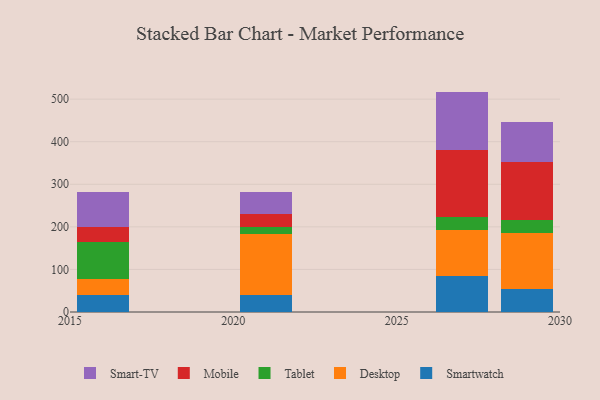
{"axis": {"x": "Year", "y": "Waste Production (Tons)"}, "legend": ["Desktop", "Mobile", "Smart-TV", "Smartwatch", "Tablet"], "data": [{"x": "2021", "y": 40.5, "type": "Smartwatch"}, {"x": "2021", "y": 142.6, "type": "Desktop"}, {"x": "2021", "y": 15.5, "type": "Tablet"}, {"x": "2021", "y": 31.2, "type": "Mobile"}, {"x": "2021", "y": 52.6, "type": "Smart-TV"}, {"x": "2029", "y": 55.1, "type": "Smartwatch"}, {"x": "2029", "y": 129.9, "type": "Desktop"}, {"x": "2029", "y": 31.3, "type": "Tablet"}, {"x": "2029", "y": 135.3, "type": "Mobile"}, {"x": "2029", "y": 94.9, "type": "Smart-TV"}, {"x": "2016", "y": 40.3, "type": "Smartwatch"}, {"x": "2016", "y": 36.5, "type": "Desktop"}, {"x": "2016", "y": 87.3, "type": "Tablet"}, {"x": "2016", "y": 34.6, "type": "Mobile"}, {"x": "2016", "y": 83.3, "type": "Smart-TV"}, {"x": "2027", "y": 85.0, "type": "Smartwatch"}, {"x": "2027", "y": 106.6, "type": "Desktop"}, {"x": "2027", "y": 30.8, "type": "Tablet"}, {"x": "2027", "y": 157.0, "type": "Mobile"}, {"x": "2027", "y": 138.3, "type": "Smart-TV"}]}